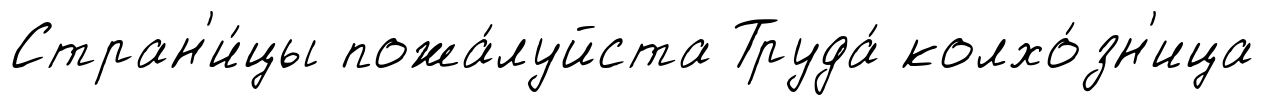
Стран'и́цы пожа́луйста Труда́ колхо́зн'ица